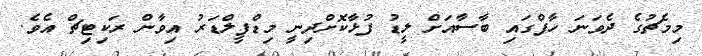
މިމެޗުގެ ދެވަނަ ހާފްގައި ބާސާއަށް ލީޑު ފުޅާކޮށްދިނީ މިޑްފީލްޑަރު އިވާން ރަކިޓިޗް އެވެ.